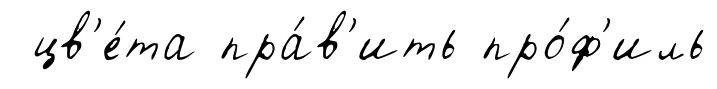
цв'е́та пра́в'ить про́ф'иль